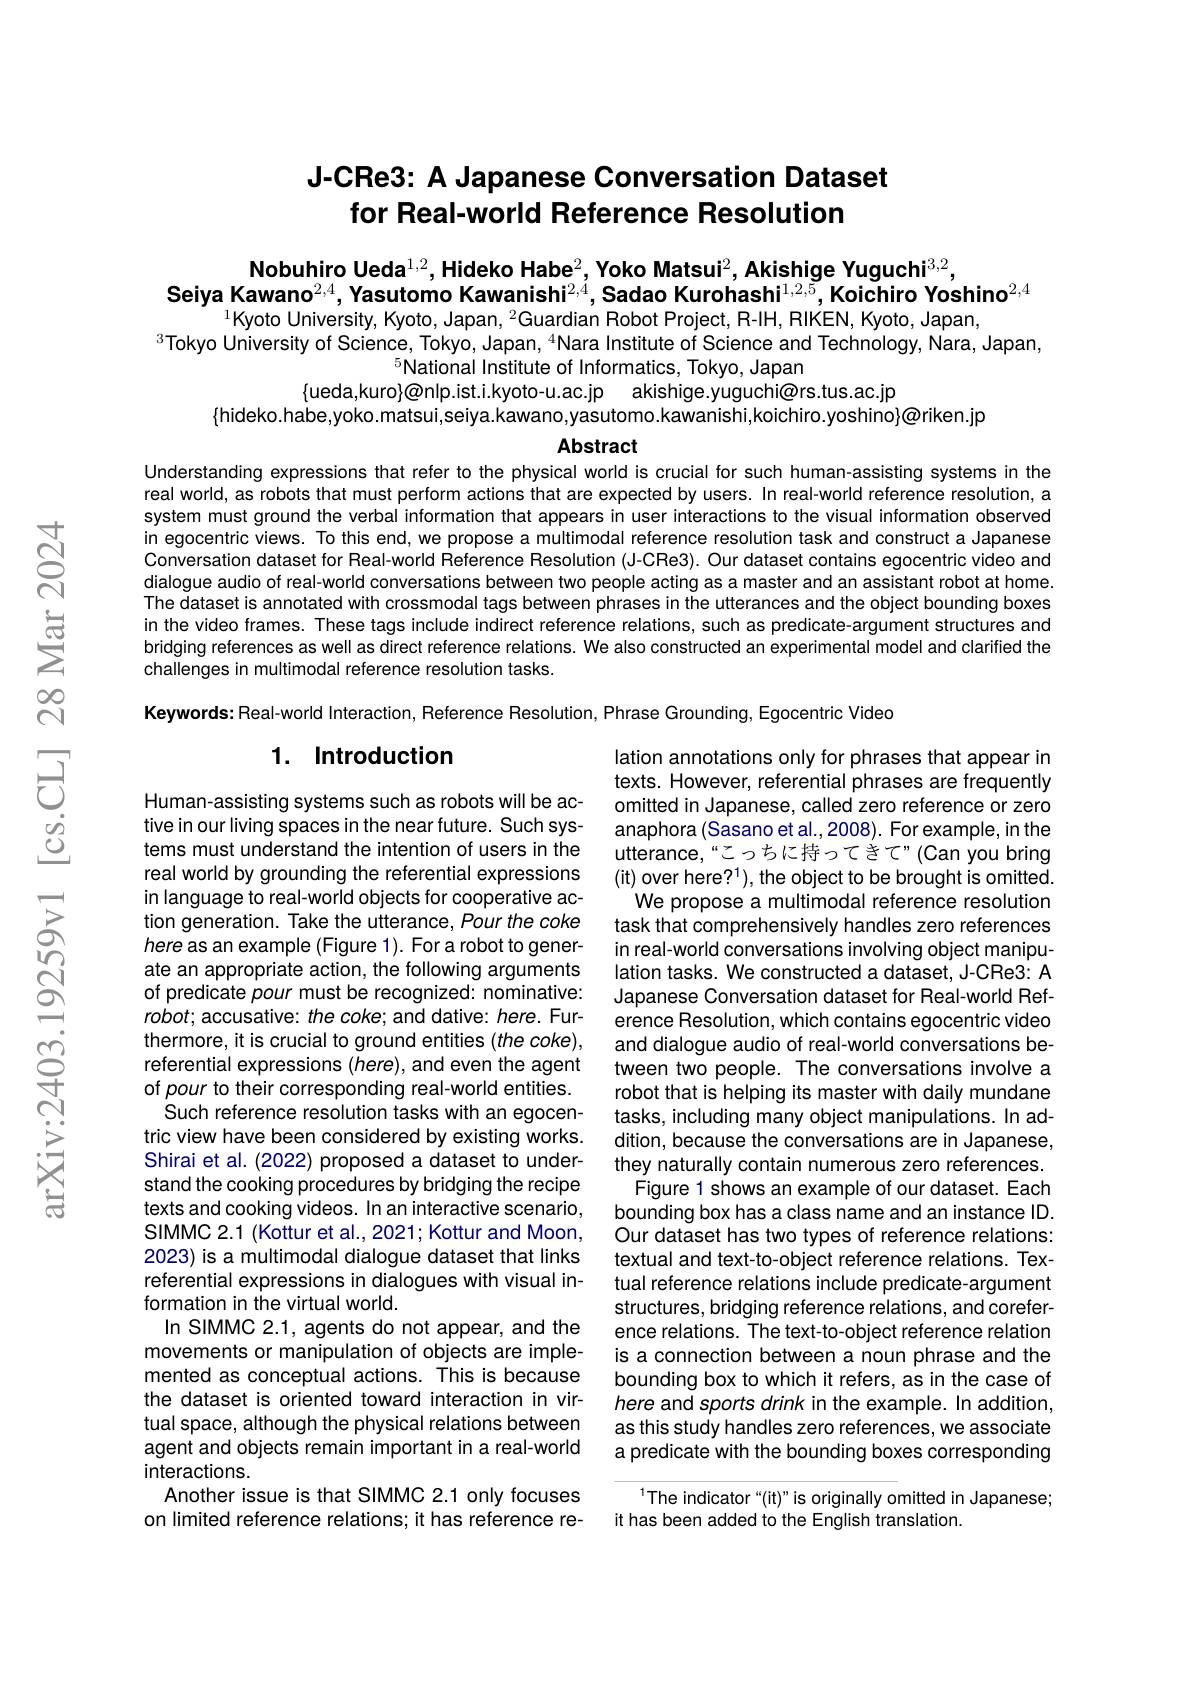
# J-CRe3: A Japanese Conversation Dataset for Real-world Reference Resolution

Nobuhiro Ueda$^1,2$,Hideko Habe$^2$,Yoko Matsui$^2$,Akishige Yuguchi$^3,2$,
Seiya Kawano$^{2,4}$,Yasutomo Kawanishi$^{2,4}$,Sadao Kurohashi$^{1,2,5}$,Koichiro Yoshino$^{2,4}$
$^{1}$Kyoto University, Kyoto, Japan, $^2$Guardian Robot Project, R-IH, RIKEN, Kyoto, Japan,

$^{3}$Tokyo University of Science, Tokyo, Japan, $^{4}$Nara Institute of Science and Technology, Nara, Japan,
$^{5}$National Institute of Informatics, Tokyo, Japan
{ueda,kuro}@nlp.ist.i.kyoto-u.ac.jp akishige.yuguchi@rs.tus.ac.jp
$\{$hideko.habe,yoko.matsui,seiya.kawano,yasutomo.kawanishi,koichiro.yoshino}@riken.jp.

Abstract

Understanding expressions that refer to the physical world is crucial for such human-assisting systems in the real world, as robots that must perform actions that are expected by users. In real-world reference resolution, a system must ground the verbal information that appears in user interactions to the visual information observed in egocentric views. To this end, we propose a multimodal reference resolution task and construct a Japanese Conversation dataset for Real-world Reference Resolution (J-CRe3). Our dataset contains egocentric video and dialogue audio of real-world conversations between two people acting as a master and an assistant robot at home. The dataset is annotated with crossmodal tags between phrases in the utterances and the object bounding boxes in the video frames. These tags include indirect reference relations, such as predicate-argument structures and bridging references as well as direct reference relations. We also constructed an experimental model and clarified the challenges in multimodal reference resolution tasks.

Keywords: Real-world Interaction, Reference Resolution, Phrase Grounding, Egocentric Video

## 1. Introduction

lation annotations only for phrases that appear in texts. However, referential phrases are frequently omitted in Japanese, called zero reference or zero anaphora (Sasano et al.,2008). For example, in the utterance,“こっちに持ってきで”(Can you bring (it) over here?$^1)$, the object to be brought is omitted. We propose a multimodal reference resolution task that comprehensively handles zero references in real-world conversations involving object manipulation tasks. We constructed a dataset, J-CRe3: A Japanese Conversation dataset for Real-world Reference Resolution, which contains egocentric video and dialogue audio of real-world conversations between two people. The conversations involve a robot that is helping its master with daily mundane tasks, including many object manipulations. In addition, because the conversations are in Japanese, they naturally contain numerous zero references. Figure 1 shows an example of our dataset. Each bounding box has a class name and an instance ID. Our dataset has two types of reference relations: textual and text-to-object reference relations. Textual reference relations include predicate-argument structures, bridging reference relations, and coreference relations. The text-to-object reference relation is a connection between a noun phrase and the bounding box to which it refers, as in the case of here and sports drink in the example. In addition, as this study handles zero references, we associate a predicate with the bounding boxes corresponding
The indicator“(it)”is originally omitted in Japanese;

Human-assisting systems such as robots will be active in our living spaces in the near future. Such systems must understand the intention of users in the real world by grounding the referential expressions in language to real-world objects for cooperative action generation. Take the utterance, Pour the coke here as an example (Figure 1). For a robot to generate an appropriate action, the following arguments of predicate pour must be recognized: nominative: robot; accusative: the coke; and dative: here. Furthermore, it is crucial to ground entities (the coke), referential expressions (here), and even the agent of pour to their corresponding real-world entities. Such reference resolution tasks with an egocentric view have been considered by existing works. Shirai et al. (2022) proposed a dataset to understand the cooking procedures by bridging the recipe texts and cooking videos. In an interactive scenario, SIMMC 2.1 (Kottur et al., 2021; Kottur and Moon, 2023) is a multimodal dialogue dataset that links referential expressions in dialogues with visual information in the virtual world.
In SIMMC 2.1, agents do not appear, and the movements or manipulation of objects are implemented as conceptual actions. This is because the dataset is oriented toward interaction in virtual space, although the physical relations between agent and objects remain important in a real-world interactions.
Another issue is that SIMMC 2.1 only focuses on limited reference relations; it has reference re-

it has been added to the English translation.